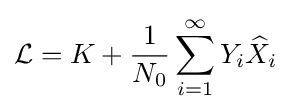
{\mathcal {L}}=K+{\frac {1}{N_{0}}}\sum _{i=1}^{\infty }Y_{i}{\widehat {X}}_{i}